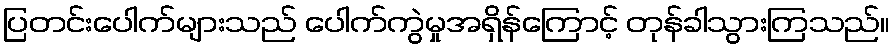
ပြတင်းပေါက်များသည် ပေါက်ကွဲမှုအရှိန်ကြောင့် တုန်ခါသွားကြသည်။